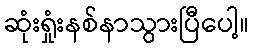
ဆုံးရှုံးနစ်နာသွားပြီပေါ့။